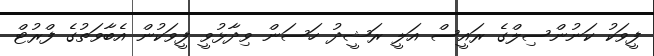
ފީވަކު ކަނުންސިލްގެ ރައީސް އަލީ ރަޝީދު ހަސަން ވިދާޅުވީ ފީވަކުން އެބާވަތުގެ ފްރުޓް